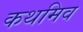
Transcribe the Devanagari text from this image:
कथमिव